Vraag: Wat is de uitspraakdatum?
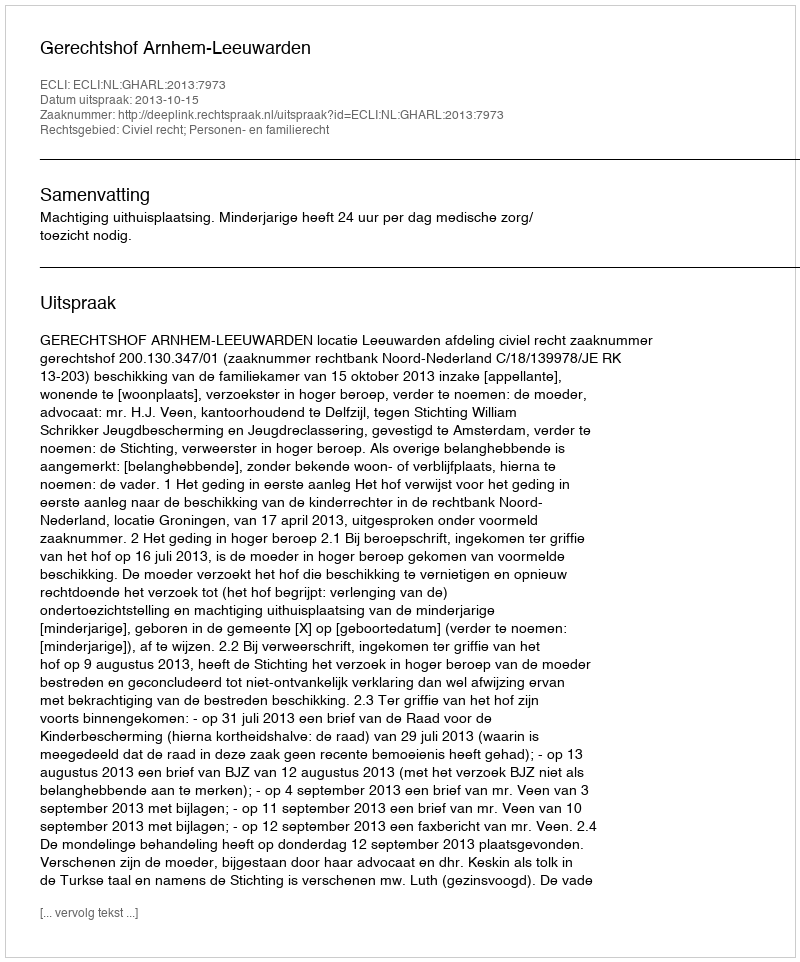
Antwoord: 2013-10-15